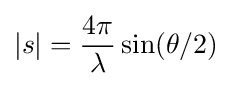
|s|={\frac {4\pi }{\lambda }}\sin(\theta /2)